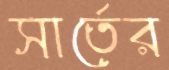
সার্তের